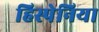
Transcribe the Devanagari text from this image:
हिस्पेनिया